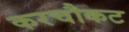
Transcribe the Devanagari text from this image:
करचौकट